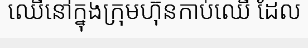
ឈើនៅក្នុងក្រុមហ៊ុនកាប់ឈើ ដែល